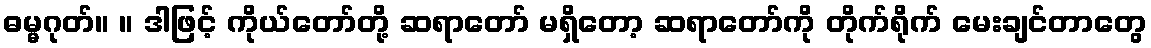
ဓမ္မဂုတ်။ ။ ဒါဖြင့် ကိုယ်တော်တို့ ဆရာတော် မရှိတော့ ဆရာတော်ကို တိုက်ရိုက် မေးချင်တာတွေ